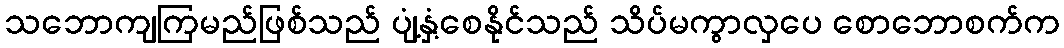
သဘောကျကြမည်ဖြစ်သည် ပျံ့နှံ့စေနိုင်သည် သိပ်မကွာလှပေ စောဘောစက်က